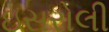
ઇસરોલી